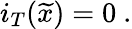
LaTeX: i_{T}(\widetilde{x})=0\ .